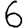
Digit: 6